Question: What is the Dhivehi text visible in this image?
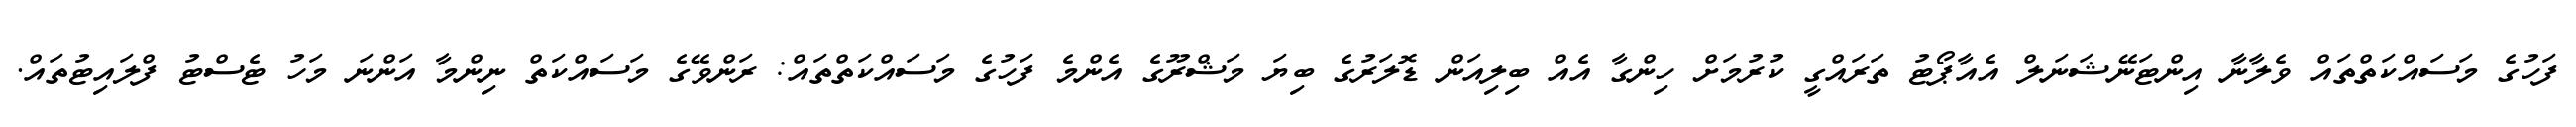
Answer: ފަހުގެ މަސައްކަތްތައް ވެލާނާ އިންޓަނޭޝަނަލް އެއާޕޯޓު ތަރައްގީ ކުރުމަށް ހިންގާ އެއް ބިލިއަން ޑޮލަރުގެ ބިޔަ މަޝްރޫގެ އެންމެ ފަހުގެ މަސައްކަތްތައް: ރަންވޭގެ މަސައްކަތް ނިންމާ އަންނަ މަހު ޓެސްޓު ފްލައިޓުތައް.